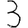
Digit: 3